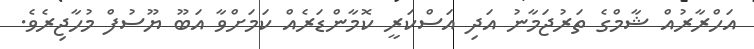
އަހްރާރުއް ޝާމްގެ ތަރުޖަމާނު އަދި އަސްކަރީ ކޮމާންޑަރެއް ކަމަށްވާ އަބޫ ޔޫސުފް މުހާޖިރެވެ.